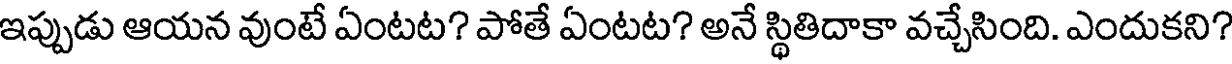
ఇప్పుడు ఆయన వుంటే ఏంటట? పోతే ఏంటట? అనే స్థితిదాకా వచ్చేసింది. ఎందుకని?